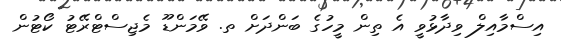
އިސްމާއިލް ވިދާޅުވީ އެ ތިން މީހުގެ ބަންދަށް ތ. ވޭމަންޑޫ މެޖިސްޓްރޭޓު ކޯޓުން